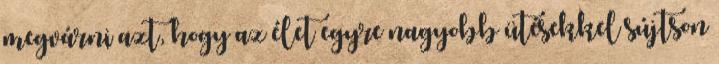
megvárni azt, hogy az élet egyre nagyobb ütésekkel sújtson